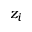
z _ { i }